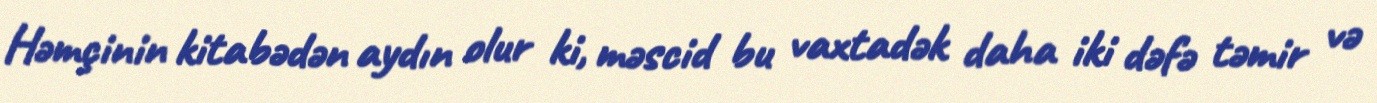
Həmçinin kitabədən aydın olur ki, məscid bu vaxtadək daha iki dəfə təmir və